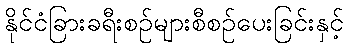
နိုင်ငံခြားခရီးစဉ်များစီစဉ်ပေးခြင်းနှင့်